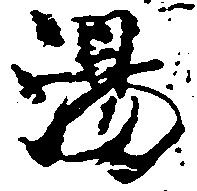
湯